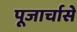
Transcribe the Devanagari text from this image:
पूजार्चासे